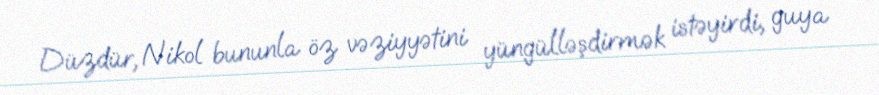
Düzdür, Nikol bununla öz vəziyyətini yüngülləşdirmək istəyirdi, guya